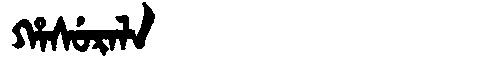
Manchu: ᡥᠠᠰᡠᡵᠠᠯᠠ
Romanization: HASURALA